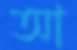
আ